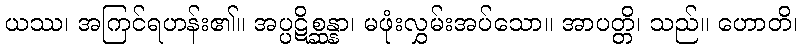
ယဿ၊ အကြင်ရဟန်း၏။ အပ္ပဋိစ္ဆန္နာ၊ မဖုံးလွှမ်းအပ်သော။ အာပတ္တိ၊ သည်။ ဟောတိ၊